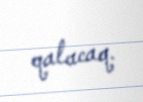
qalacaq.